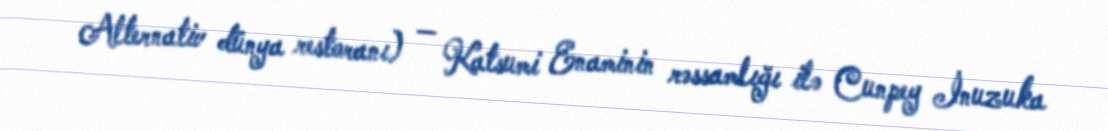
Alternativ dünya restoranı) — Katsumi Enaminin rəssamlığı ilə Cunpey İnuzuka